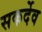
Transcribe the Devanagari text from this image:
सकर्देव